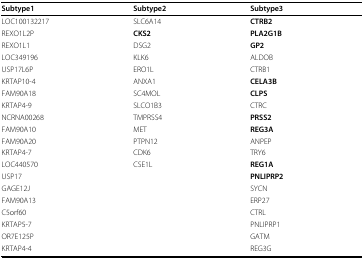
| Subtype1 | Subtype2 | Subtype3 |
 | --- | --- | --- |
 | LOC100132217 | SLC6A14 | CTRB2 |
 | REXO1L2P | CKS2 | PLA2G1B |
 | REXO1L1 | DSG2 | GP2 |
 | LOC349196 | KLK6 | ALDOB |
 | USP17L6P | ERO1L | CTRB1 |
 | KRTAP10-4 | ANXA1 | CELA3B |
 | FAM90A18 | SC4MOL | CLPS |
 | KRTAP4-9 | SLCO1B3 | CTRC |
 | NCRNA00268 | TMPRSS4 | PRSS2 |
 | FAM90A10 | MET | REG3A |
 | FAM90A20 | PTPN12 | ANPEP |
 | KRTAP4-7 | CDK6 | TRY6 |
 | LOC440570 | CSE1L | REG1A |
 | USP17 |  | PNLIPRP2 |
 | GAGE12J |  | SYCN |
 | FAM90A13 |  | ERP27 |
 | C5orf60 |  | CTRL |
 | KRTAP5-7 |  | PNLIPRP1 |
 | OR7E125P |  | GATM |
 | KRTAP4-4 |  | REG3G |